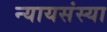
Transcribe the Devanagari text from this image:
न्यायसंस्या